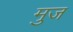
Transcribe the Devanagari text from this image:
मुज